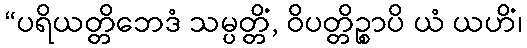
“ပရိယတ္တိဘေဒံ သမ္ပတ္တိံ, ဝိပတ္တိဉ္စာပိ ယံ ယဟိံ၊